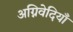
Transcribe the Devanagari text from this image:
अग्निवेदियाँ